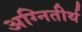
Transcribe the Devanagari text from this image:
अग्नितीर्थ